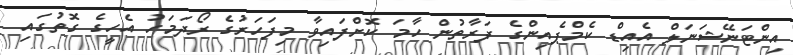
އިންޓަނޭޝަނަލް އެއިޑް ކެމްޕެއިންގެ ފަރާތުން ހާމަ ކޮށްފައިވާ މިފަހަރުގެ ރޯދަމަހު އެހީގެ ގޮތުގައި